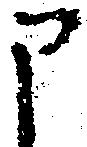
申